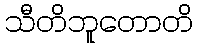
သီတိဘူတောတိ